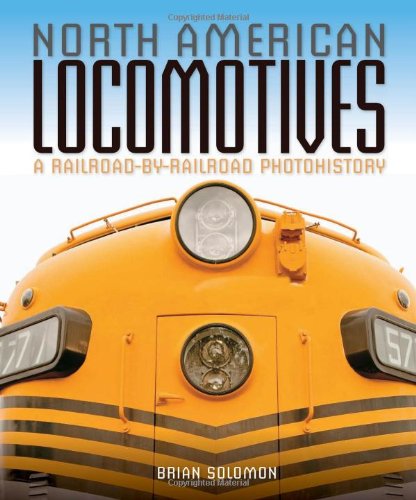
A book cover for North American Locomotives: A Railroad-by-Railroad Photohistory; Brian Solomon; Arts & Photography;